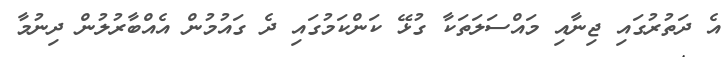
އެ ދަތުރުގައި ޖިނާއި މައްސަލަތަކާ ގުޅޭ ކަންކަމުގައި ދެ ގައުމުން އެއްބާރުލުން ދިނުމާ